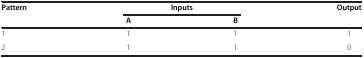
<table><thead><tr><td><b>Pattern</b></td><td colspan="2"><b>Inputs</b></td><td><b>Output</b></td></tr><tr><td><b> </b></td><td><b>A</b></td><td><b>B</b></td><td><b> </b></td></tr></thead><tbody><tr><td>1</td><td>1</td><td>1</td><td>1</td></tr><tr><td>2</td><td>1</td><td>1</td><td>0</td></tr></tbody></table>